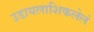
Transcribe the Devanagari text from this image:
उडायलाशिकलेलं